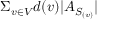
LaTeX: \Sigma _ { v \in V } d ( v ) | A _ { S _ { ( v ) } } |